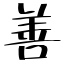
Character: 善